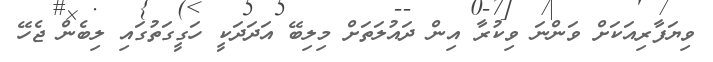
ވިޔަފާރިއަކަށް ވަންނަ ވިކުރާ އިން ދައުލަތަށް މިލިބޭ އަދަދަކީ ހަގީގަތުގައި ލިބެން ޖެހޭ